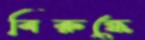
বিরুব্ধে